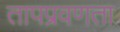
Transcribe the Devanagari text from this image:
तापप्रवणता